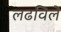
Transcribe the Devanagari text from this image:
लढविले